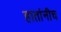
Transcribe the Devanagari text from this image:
हातांनीच